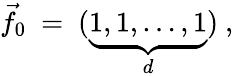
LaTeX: \vec{f_{0}}\ =\ (\underbrace{1,1,\ldots,1}_{d})\ ,